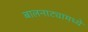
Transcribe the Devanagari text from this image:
बालनाट्यामध्ये